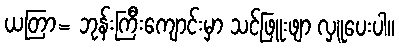
ယတြာ= ဘုန်းကြီးကျောင်းမှာ သင်ဖြူးဖျာ လှူပေးပါ။